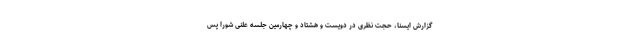
گزارش ایسنا، حجت نظری در دویست و هشتاد و چهارمین جلسه علنی شورا پس